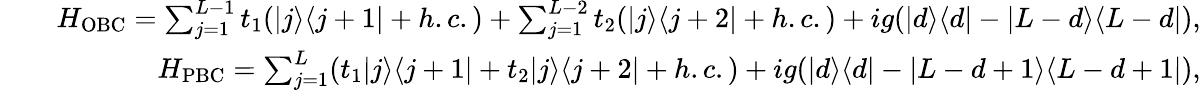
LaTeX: \begin{array}{rlr}&{}&{H_{\mathrm{OBC}}=\sum_{j=1}^{L-1}t_{1}(|j\rangle\langle j+1|+h.c.)+\sum_{j=1}^{L-2}t_{2}(|j\rangle\langle j+2|+h.c.)+ig(|d\rangle\langle d|-|L-d\rangle\langle L-d|),}\\ &{}&{H_{\mathrm{PBC}}=\sum_{j=1}^{L}(t_{1}|j\rangle\langle j+1|+t_{2}|j\rangle\langle j+2|+h.c.)+ig(|d\rangle\langle d|-|L-d+1\rangle\langle L-d+1|),}\end{array}